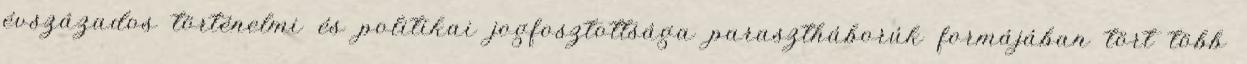
évszázados történelmi és politikai jogfosztottsága parasztháborúk formájában tört több